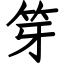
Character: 笌